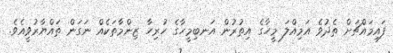
ފައިމައްޗަށް ތެދުވެ އަމިއްލަ މީހާގެ އިތުރުން އަނބިމީހާގެ ހުރިހާ ޒިންމާތަކެއް ނަގަން ތައްޔާރުވީއެވެ.